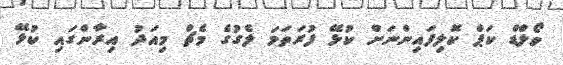
ވޯލްޑް ކަޕް ކޮލިފައިންނަށް ކުޅޭ ފުރަތަމަ ލެގުގެ މެޗް މިއަދު އިރާންގައި ކުޅޭ